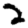
Digit: 2